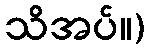
သိအပ်။)